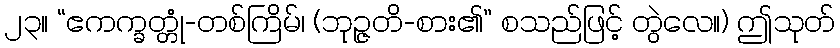
၂၃။ “ဧကက္ခတ္တုံ-တစ်ကြိမ်၊ (ဘုဉ္ဇတိ-စား၏” စသည်ဖြင့် တွဲလေ။) ဤသုတ်